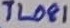
Text: TL081